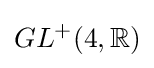
GL^{+}(4,\mathbb {R} )